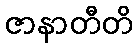
ဇာနာတီတိ